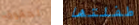
لحقوق طفلتها